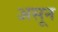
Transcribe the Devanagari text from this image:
असून